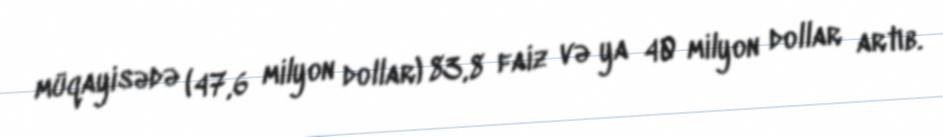
müqayisədə (47,6 milyon dollar) 83,8 faiz və ya 40 milyon dollar artıb.